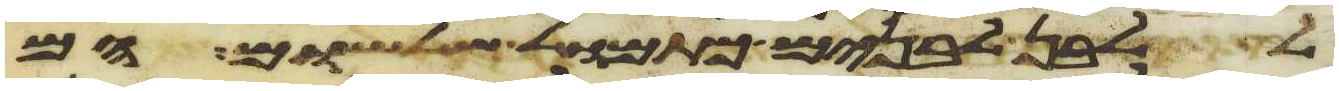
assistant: ללבן לבנים כתמול שלשום הם